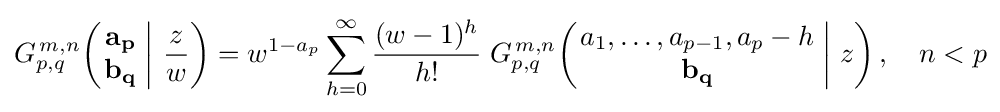
G_{p,q}^{\,m,n}\!\left(\left.{\begin{matrix}\mathbf {a_{p}} \\\mathbf {b_{q}} \end{matrix}}\;\right|\,{\frac {z}{w}}\right)=w^{1-a_{p}}\sum _{h=0}^{\infty }{\frac {(w-1)^{h}}{h!}}\;G_{p,q}^{\,m,n}\!\left(\left.{\begin{matrix}a_{1},\dots ,a_{p-1},a_{p}-h\\\mathbf {b_{q}} \end{matrix}}\;\right|\,z\right),\quad n<p